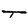
Character: T